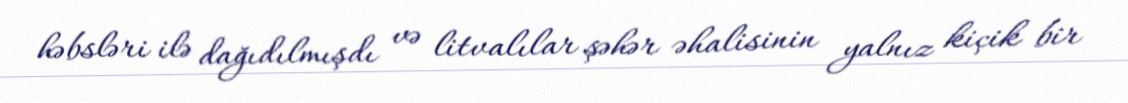
həbsləri ilə dağıdılmışdı və litvalılar şəhər əhalisinin yalnız kiçik bir